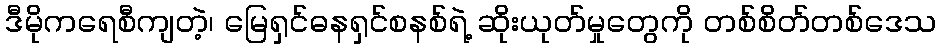
ဒီမိုကရေစီကျတဲ့၊ မြေရှင်ဓနရှင်စနစ်ရဲ့ ဆိုးယုတ်မှုတွေကို တစ်စိတ်တစ်ဒေသ